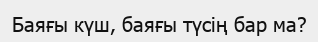
Баяғы күш, баяғы түсің бар ма?